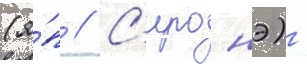
(я́п // С'иронэ) -